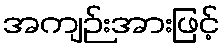
အကျဉ်းအားဖြင့်